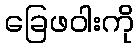
ခြေဖဝါးကို